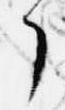
了